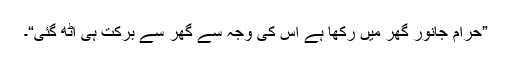
”حرام جانور گھر میں رکھا ہے اس کی وجہ سے گھر سے برکت ہی اُٹھ گئی“۔